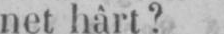
net hârt?